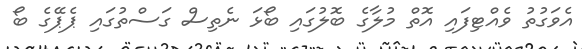
އެވަގުތު ވެއްޓިފައި އޮތް މުލާގެ ބޮލުގައި ބޯޅަ ނެތިސް ގަސްތުގައި ޕެޕޭގެ ބޯ